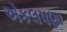
એકલપણા